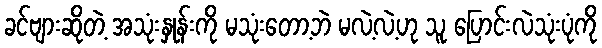
ခင်ဗျားဆိုတဲ့ အသုံးနှုန်းကို မသုံးတော့ဘဲ မလဲ့လဲ့ဟု သူ ပြောင်းလဲသုံးပုံကို